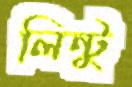
লিন্টু